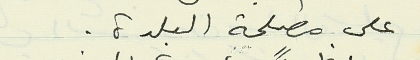
على مصلحة البلدة.